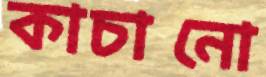
কাচানো